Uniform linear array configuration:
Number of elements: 64
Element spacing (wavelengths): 0.5
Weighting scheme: uniform
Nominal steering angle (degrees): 15
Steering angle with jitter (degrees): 13.17
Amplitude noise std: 0.05
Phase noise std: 0.05

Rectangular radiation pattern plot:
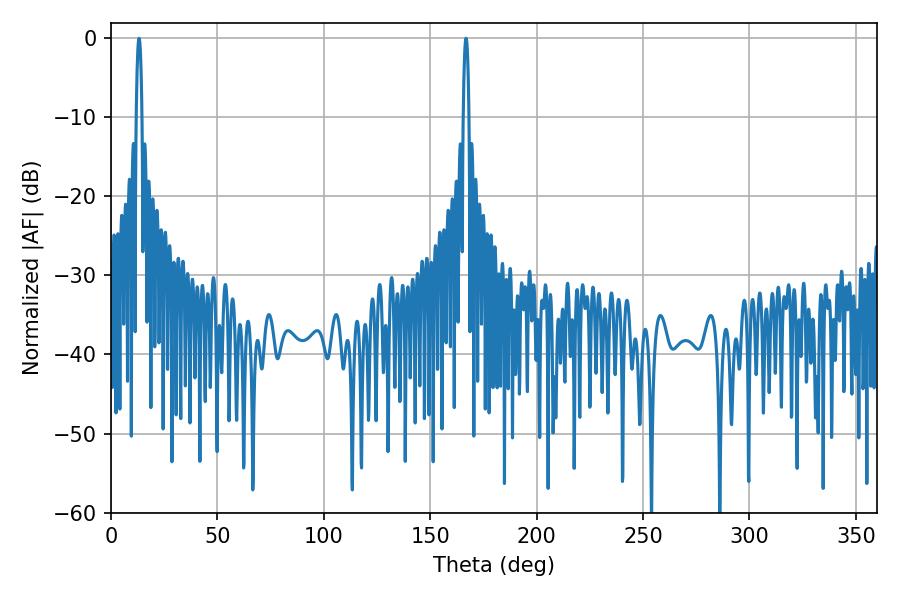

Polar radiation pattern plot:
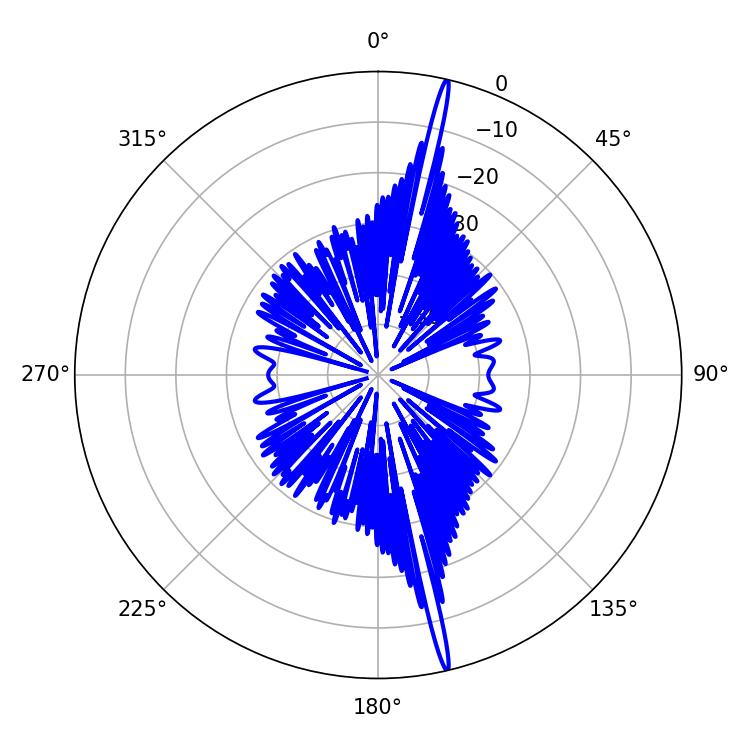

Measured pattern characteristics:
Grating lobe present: FALSE
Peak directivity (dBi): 21.4
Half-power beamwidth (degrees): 1.44
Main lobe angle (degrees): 166.86